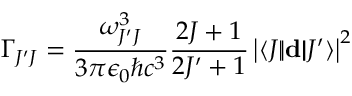
\Gamma _ { J ^ { \prime } J } = \frac { \omega _ { J ^ { \prime } J } ^ { 3 } } { 3 \pi \epsilon _ { 0 } \hbar c ^ { 3 } } \frac { 2 J + 1 } { 2 J ^ { \prime } + 1 } \left| \langle J | \! | \mathbf { d } | \! | J ^ { \prime } \rangle \right| ^ { 2 }